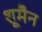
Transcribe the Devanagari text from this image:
शूमैन